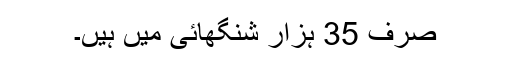
صرف 35 ہزار شنگھائی میں ہیں۔